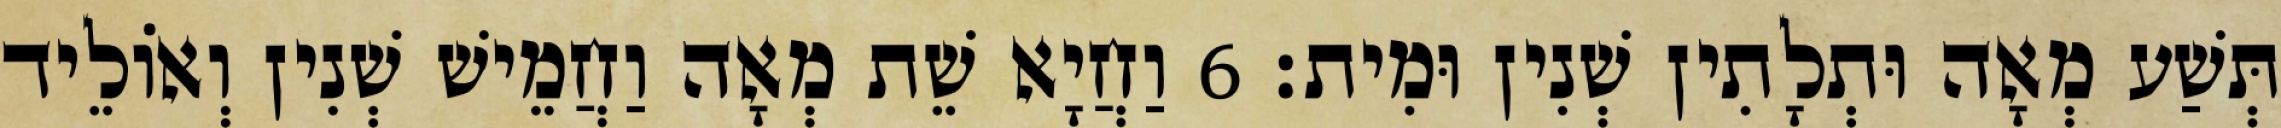
תְּשַׁע מְאָה וּתְלָתִין שְׁנִין וּמִית׃ 6 וַחֲיָא שֵׁת מְאָה וַחֲמֵישׁ שְׁנִין וְאוֹלֵיד